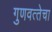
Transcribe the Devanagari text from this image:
गुणवत्‍तेचा